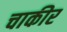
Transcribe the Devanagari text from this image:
चाकीर